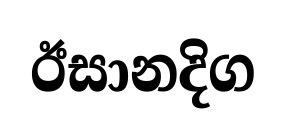
ඊසානදිග